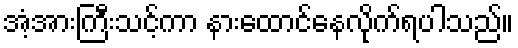
အံ့အားကြီးသင့်ကာ နားထောင်နေလိုက်ရပါသည်။